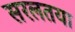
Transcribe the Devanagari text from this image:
सरलतया